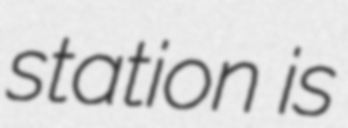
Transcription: station is